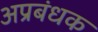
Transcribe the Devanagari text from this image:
अप्रबंधक